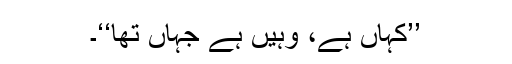
’’کہاں ہے، وہیں ہے جہاں تھا‘‘۔